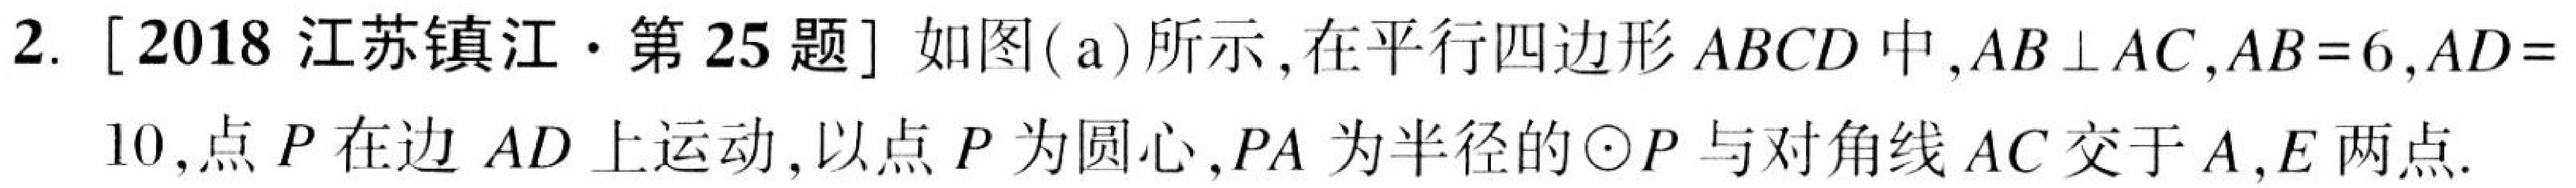
2. [2018 江苏镇江·第 25 题] 如图(a)所示, 在平行四边形 \(ABCD\) 中, \(AB\perp AC\), \(AB = 6\), \(AD = 10\), 点 \(P\) 在边 \(AD\) 上运动, 以点 \(P\) 为圆心, \(PA\) 为半径的\(\odot P\) 与对角线 \(AC\) 交于 \(A,E\) 两点.